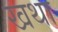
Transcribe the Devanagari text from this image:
खथा